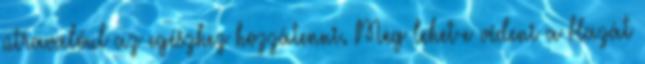
útravalóul az egészhez hozzátenni. Meg lehet-e védeni a Hazát